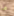
ما